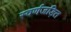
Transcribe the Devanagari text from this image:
स्वर्णजड़ित